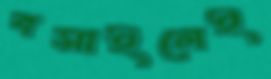
বসাইলেই